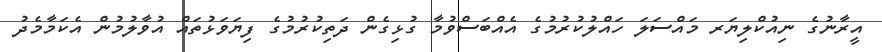
އީރާނުގެ ނިއުކްލިޔަރ މައްސަލަ ހައްލުކުރުމުގެ އެއްބަސްވުމާ ގުޅިގެން ދަތިކުރުމުގެ ފިޔަވަޅުތައް އުވާލުމުން އެކަމާމެދު